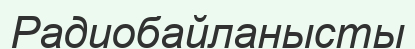
Радиобайланысты